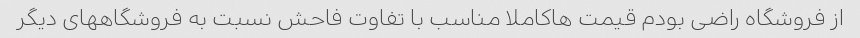
از فروشگاه راضی بودم قیمت هاکاملا مناسب با تفاوت فاحش نسبت به فروشگاههای دیگر